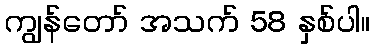
ကျွန်တော် အသက် 58 နှစ်ပါ။